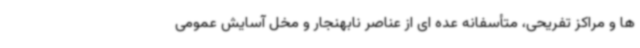
ها و مراکز تفریحی، متأسفانه عده ای از عناصر نابهنجار و مخل آسایش عمومی